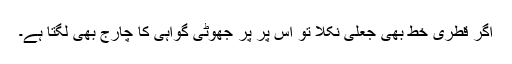
اگر قطری خط بھی جعلی نکلا تو اس پر پر جھوٹی گواہی کا چارج بھی لگتا ہے۔